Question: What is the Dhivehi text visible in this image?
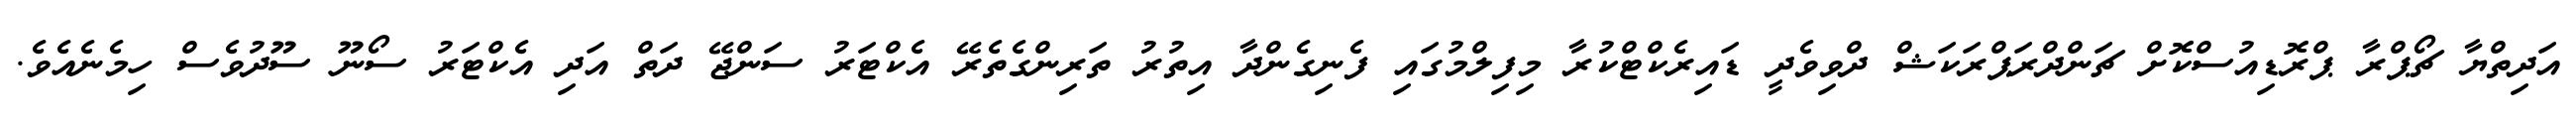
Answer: އަދިތްޔާ ޗޯޕްރާ ޕްރޮޑިއުސްކޮށް ޗަންދްރަޕްރަކަޝް ދްވިވެދީ ޑައިރެކްޓްކުރާ މިފިލްމުގައި ފެނިގެންދާ އިތުރު ތަރިންގެތެރޭ އެކްޓަރު ސަންޖޭ ދަތް އަދި އެކްޓަރު ސޯނޫ ސޫދުވެސް ހިމެނެއެވެ.